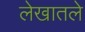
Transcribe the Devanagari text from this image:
लेखातले